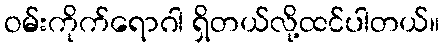
ဝမ်းကိုက်ရောဂါ ရှိတယ်လို့ထင်ပါတယ်။